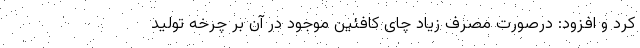
کرد و افزود: درصورت مصرف زیاد چای کافئین موجود در آن بر چرخه تولید